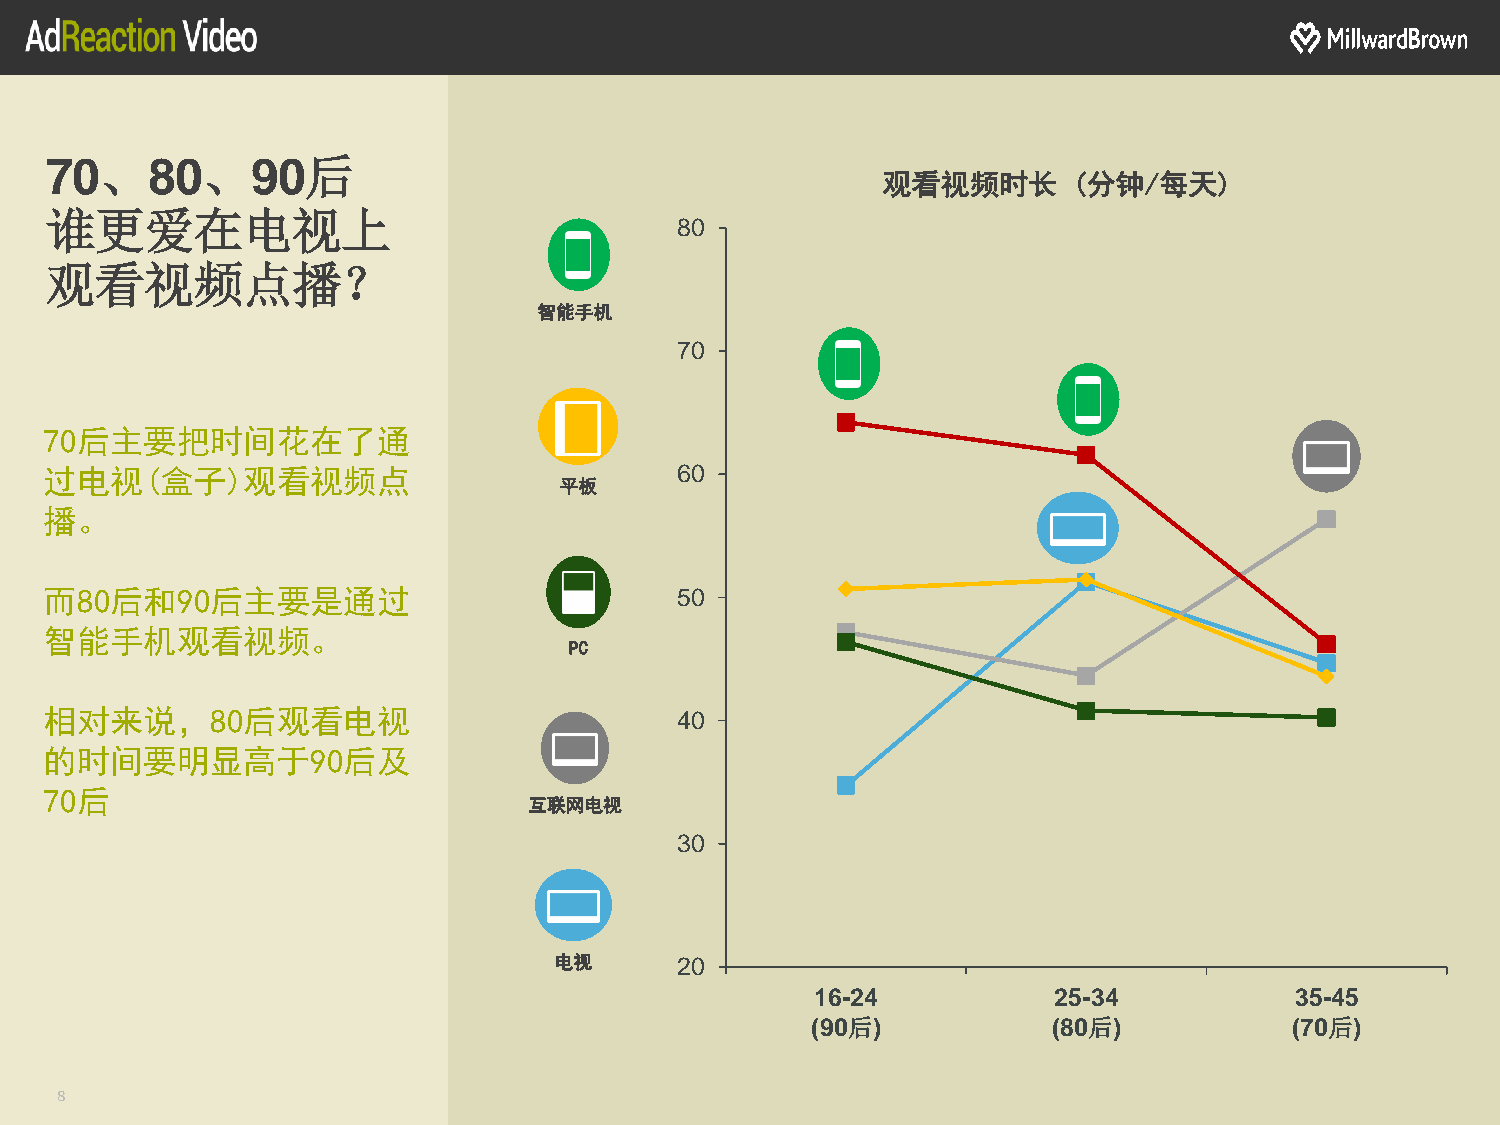
70、80、90后
 观看视频时长       (分钟/每天)
 谁更爱在电视上
 80
 观看视频点播？
 智能手机
 70
 70后主要把时间花在了通
 过电视(盒子)观看视频点                              60
 平板
 播。
 而80后和90后主要是通过                             50
 智能手机观看视频。
 PC
 相对来说，80后观看电视                              40
 的时间要明显高于90后及
 70后
 互联网电视
 30
 电视      20
 16-24           25-34           35-45
 (90后)           (80后)           (70后)
 8